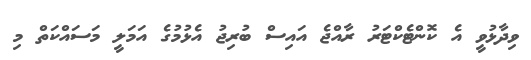
ވިދާޅުވީ އެ ކޮންޓެކްޓަރު ރާއްޖެ އައިސް ބުރިޖު އެޅުމުގެ އަމަލީ މަސައްކަތް މި